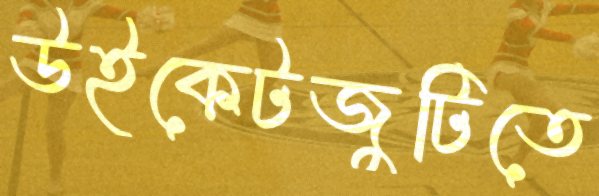
উইকেটজুটিতে